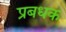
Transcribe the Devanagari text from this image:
प्रबधक